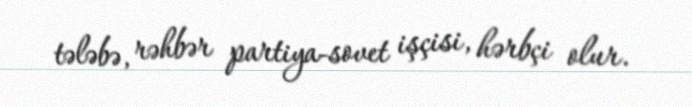
tələbə, rəhbər partiya-sovet işçisi, hərbçi olur.